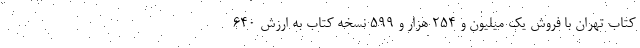
کتاب تهران با فروش یک میلیون و ۲۵۴ هزار و ۵۹۹ نسخه کتاب به ارزش ۶۴۰